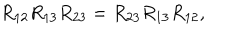
R _ { 1 2 } R _ { 1 3 } R _ { 2 3 } = R _ { 2 3 } R _ { 1 3 } R _ { 1 2 } ,